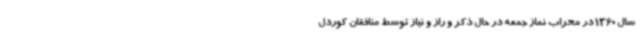
سال 1360 در محراب نماز جمعه در حال ذکر و راز و نیاز توسط منافقان کوردل